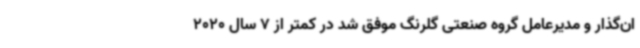
ان‌گذار و مدیرعامل گروه صنعتی گلرنگ موفق شد در کمتر از 7 سال 2020